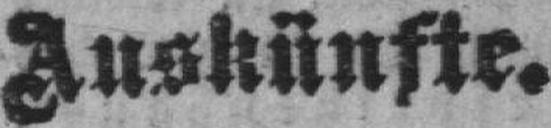
Auskünfte.